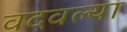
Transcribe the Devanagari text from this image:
वदवल्या